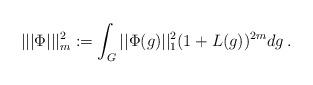
LaTeX: \begin{align*}||| \Phi |||^2_m := \int_G ||\Phi (g)||^2_{1} (1+L(g))^{2m} dg \,.\end{align*}